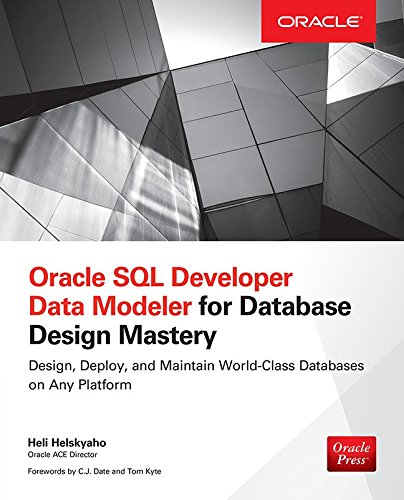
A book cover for Oracle SQL Developer Data Modeler for Database Design Mastery (Oracle Press); Heli Helskyaho; Computers & Technology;